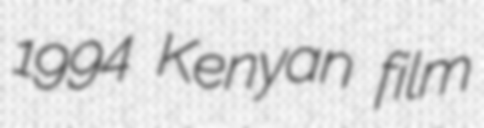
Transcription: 1994 Kenyan film